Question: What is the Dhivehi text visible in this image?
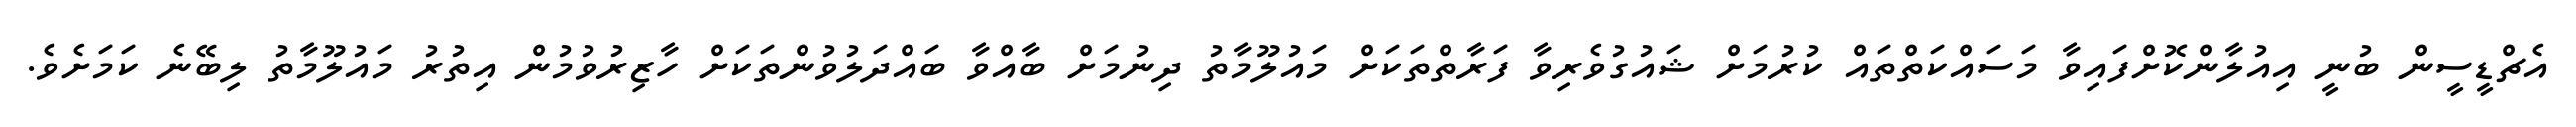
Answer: އެޗްޑީސީން ބުނީ އިއުލާންކޮށްފައިވާ މަސައްކަތްތައް ކުރުމަށް ޝައުގުވެރިވާ ފަރާތްތަކަށް މައުލޫމާތު ދިނުމަށް ބާއްވާ ބައްދަލުވުންތަކަށް ހާޒިރުވުމުން އިތުރު މައުލޫމާތު ލިބޭނެ ކަމަށެވެ.